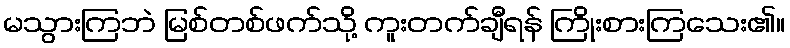
မသွားကြဘဲ မြစ်တစ်ဖက်သို့ ကူးတက်ချီရန် ကြိုးစားကြသေး၏။